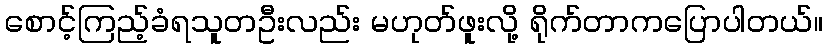
စောင့်ကြည့်ခံရသူတဦးလည်း မဟုတ်ဖူးလို့ ရိုက်တာကပြောပါတယ်။